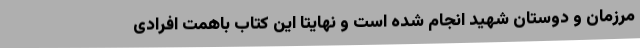
مرزمان و دوستان شهید انجام شده است و نهایتاً این کتاب باهمت افرادی